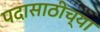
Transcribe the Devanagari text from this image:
पदासाठीच्या